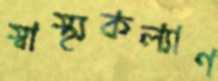
স্বাস্থ্যকল্যাণ